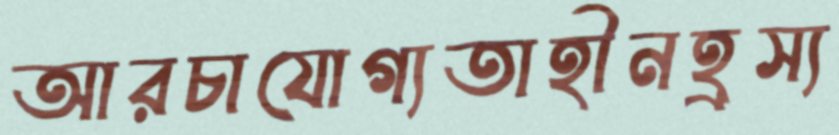
আরচাযোগ্যতাহীনহ্রস্য